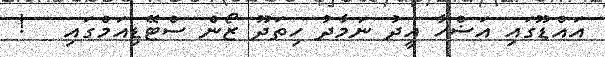
އައްޑޫގައި އަޟްހާ އީދު ނަމާދު ހިތަދޫ ޒޯން ސްޓޭޑިއަމްގައި   !